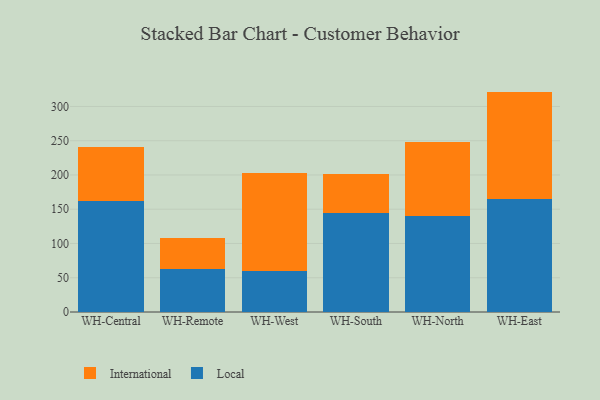
{"axis": {"x": "Warehouse", "y": "Revenue (USD Million)"}, "legend": ["International", "Local"], "data": [{"x": "WH-Central", "y": 161.6, "type": "Local"}, {"x": "WH-Central", "y": 79.2, "type": "International"}, {"x": "WH-Remote", "y": 62.9, "type": "Local"}, {"x": "WH-Remote", "y": 44.8, "type": "International"}, {"x": "WH-West", "y": 59.8, "type": "Local"}, {"x": "WH-West", "y": 142.9, "type": "International"}, {"x": "WH-South", "y": 143.9, "type": "Local"}, {"x": "WH-South", "y": 57.7, "type": "International"}, {"x": "WH-North", "y": 140.7, "type": "Local"}, {"x": "WH-North", "y": 107.5, "type": "International"}, {"x": "WH-East", "y": 164.7, "type": "Local"}, {"x": "WH-East", "y": 157.0, "type": "International"}]}